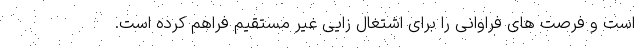
است و فرصت های فراوانی را برای اشتغال زایی غیر مستقیم فراهم کرده است.